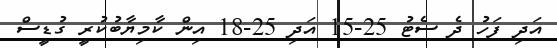
އަދި ފަހު ދެ ސެޓު 25-15 އަދި 25-18 އިން ކާމިޔާބުކުރީ ގުޑީސް